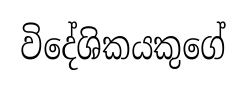
විදේශිකයකුගේ